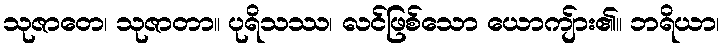
သုဇာတေ၊ သုဇာတာ။ ပုရိသဿ၊ လင်ဖြစ်သော ယောကျ်ား၏။ ဘရိယာ၊